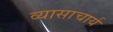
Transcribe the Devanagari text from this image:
व्यासाचार्य